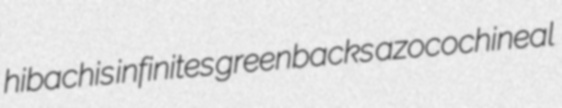
hibachis infinites greenbacks azocochineal